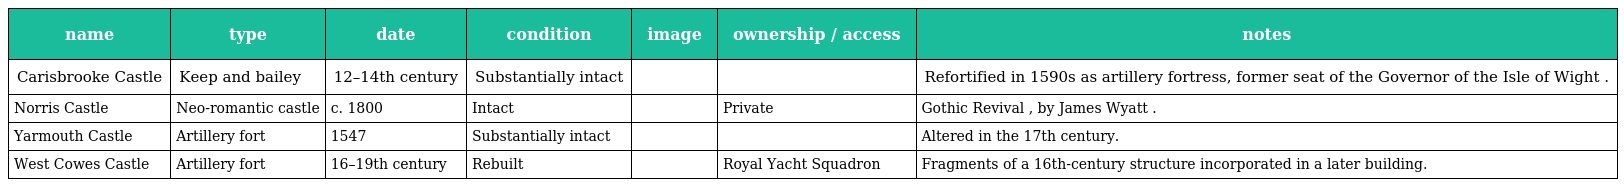
| name | type | date | condition | image | ownership / access | notes |
 | --- | --- | --- | --- | --- | --- | --- |
 | Carisbrooke Castle | Keep and bailey | 12–14th century | Substantially intact |  |  | Refortified in 1590s as artillery fortress, former seat of the Governor of the Isle of Wight . |
 | Norris Castle | Neo-romantic castle | c. 1800 | Intact |  | Private | Gothic Revival , by James Wyatt . |
 | Yarmouth Castle | Artillery fort | 1547 | Substantially intact |  |  | Altered in the 17th century. |
 | West Cowes Castle | Artillery fort | 16–19th century | Rebuilt |  | Royal Yacht Squadron | Fragments of a 16th-century structure incorporated in a later building. |